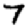
Digit: 7